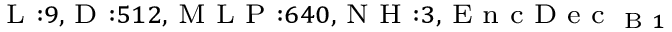
_ { \textrm { L } : 9 , \textrm { D } : 5 1 2 , \textrm { M L P } : 6 4 0 , \textrm { N H } : 3 , \textrm { E n c D e c } _ { \textrm { B } 1 } }